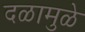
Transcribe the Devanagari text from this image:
दळामुळे